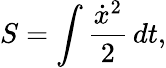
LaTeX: S=\int{\frac{{\dot{x}}^{2}}{2}}\, dt,